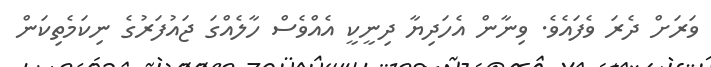
ވަރަށް ދެރަ ވެފައެވެ. ވިނާން އެހަދިޔާ ދިނީކީ އެއްވެސް ހާލެއްގަ ޖައުފަރުގެ ނިކަމެތިކަން